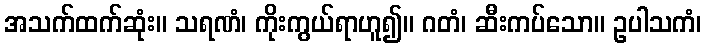
အသက်ထက်ဆုံး။ သရဏံ၊ ကိုးကွယ်ရာဟူ၍။ ဂတံ၊ ဆီးကပ်သော။ ဥပါသကံ၊